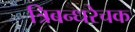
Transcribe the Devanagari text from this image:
त्रिबन्धरेचक